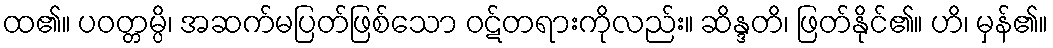
ထ၏။ ပဝတ္တမ္ပိ၊ အဆက်မပြတ်ဖြစ်သော ဝဋ်တရားကိုလည်း။ ဆိန္ဒတိ၊ ဖြတ်နိုင်၏။ ဟိ၊ မှန်၏။